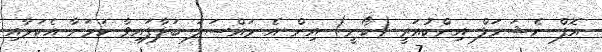
އޮފް ނެޝަނަލް އިންކުއަރީ (ކޯނީ) އިން އެ މައްސަލަ ބަލާފައިވާ ކަމަށާ އެކަމާއި